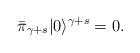
LaTeX: \begin{align*}\bar{\pi}_{\gamma+s}|0\rangle^{\gamma+s}=0.\end{align*}